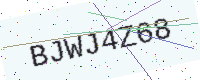
Text: BJWJ4Z68